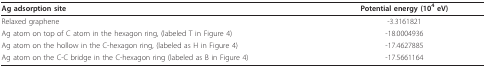
<table><thead><tr><td><b>Ag adsorption site</b></td><td><b>Potential energy (10<sup>4 </sup>eV)</b></td></tr></thead><tbody><tr><td>Relaxed graphene</td><td>-3.3161821</td></tr><tr><td>Ag atom on top of C atom in the hexagon ring, (labeled T in Figure 4)</td><td>-18.0004936</td></tr><tr><td>Ag atom on the hollow in the C-hexagon ring, (labeled as H in Figure 4)</td><td>-17.4627885</td></tr><tr><td>Ag atom on the C-C bridge in the C-hexagon ring (labeled as B in Figure 4)</td><td>-17.5661164</td></tr></tbody></table>